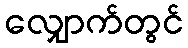
လျှောက်တွင်